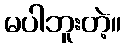
မပါဘူးတဲ့။